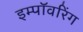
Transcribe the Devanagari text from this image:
इम्पॉवरिंग